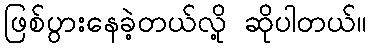
ဖြစ်ပွားနေခဲ့တယ်လို့ ဆိုပါတယ်။